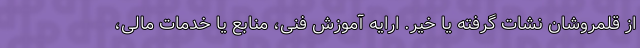
از قلمروشان نشات گرفته یا خیر. ارایه آموزش فنی، منابع یا خدمات مالی،